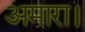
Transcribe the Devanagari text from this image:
अमारा।